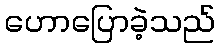
ဟောပြောခဲ့သည်